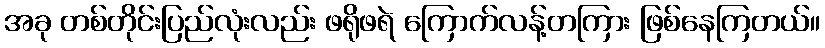
အခု တစ်တိုင်းပြည်လုံးလည်း ဖရိုဖရဲ ကြောက်လန့်တကြား ဖြစ်နေကြတယ်။